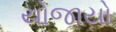
યોજાયો